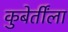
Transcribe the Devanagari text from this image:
कुबेर्तींला